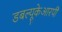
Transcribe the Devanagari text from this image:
डबल्यूकेआरपी